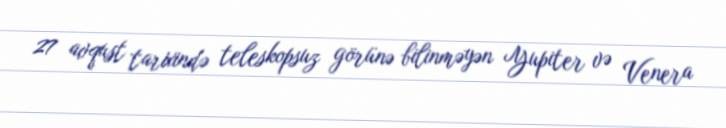
27 avqust tarixində teleskopsuz görünə bilinməyən Yupiter və Venera